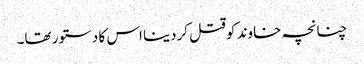
چنانچہ خاوند کوقتل کردینا اس کا دستور تھا۔